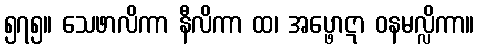
၅၇၅။ သေဖာလိကာ နီလိကာ ထ၊ အပ္ဖောဋာ ဝနမလ္လိကာ။